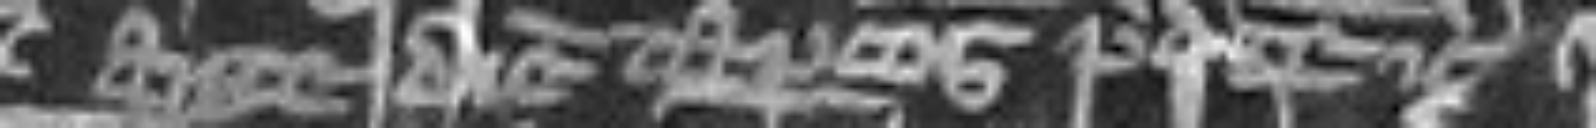
ante diem captionis predicte etc